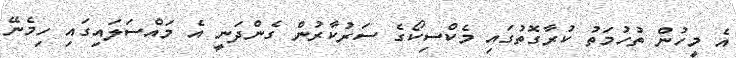
އެ މީހުން ތުހުމަތު ކުރާގޮތުގައި މެކްސިކޯގެ ސަރުކާރުން ގެންދަނީ އެ މައްސަލައިގައި ހިމެނޭ